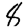
Digit: 8